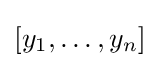
{\textstyle [y_{1},\ldots ,y_{n}]}